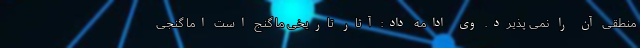
منطقی آن را نمی پذیرد. وی ادامه داد: آثار تاریخی ما گنج است اما گنجی